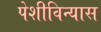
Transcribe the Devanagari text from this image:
पेशीविन्यास